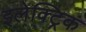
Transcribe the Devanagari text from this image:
इलेक्‍ट्रिक